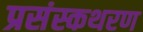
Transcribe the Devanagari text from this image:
प्रसंस्कथरण